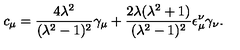
c _ { \mu } = \frac { 4 \lambda ^ { 2 } } { ( \lambda ^ { 2 } - 1 ) ^ { 2 } } \gamma _ { \mu } + \frac { 2 \lambda ( \lambda ^ { 2 } + 1 ) } { ( \lambda ^ { 2 } - 1 ) ^ { 2 } } \epsilon _ { \mu } ^ { \nu } \gamma _ { \nu } .